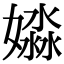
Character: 𡡺